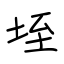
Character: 垤